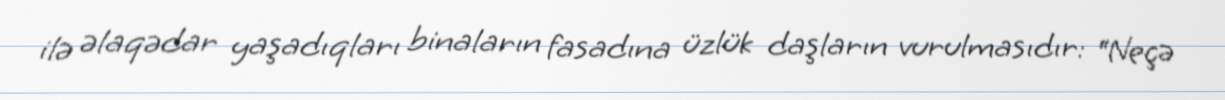
ilə əlaqədar yaşadıqları binaların fasadına üzlük daşların vurulmasıdır: “Neçə